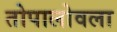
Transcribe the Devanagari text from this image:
तोपालोवला